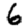
Digit: 6